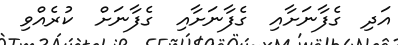
އަދި  ގެފާނަށާއި  ގެފާނަށާއި  ގެފާނަށް  ކުރެއްވި